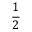
\frac { 1 } { 2 }